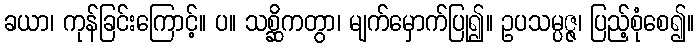
ခယာ၊ ကုန်ခြင်းကြောင့်။ ပ။ သစ္ဆိကတွာ၊ မျက်မှောက်ပြု၍။ ဥပသမ္ပဇ္ဇ၊ ပြည့်စုံစေ၍။